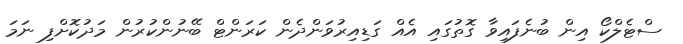
ސްޓެލްކޯ އިން ބުނެފައިވާ ގޮތުގައި އެއް ގަޑިއިރުވަންދެން ކަރަންޓް ބޭނުންކުރުން މަދުކޮށްފި ނަމަ